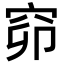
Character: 窌